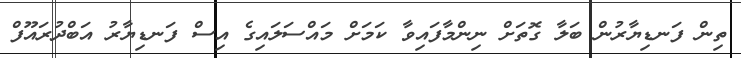
ތިން ފަނޑިޔާރުން ބަލާ ގޮތަށް ނިންމާފައިވާ ކަމަށް މައްސަލައިގެ އިސް ފަނޑިޔާރު އަބްދުރައޫފް